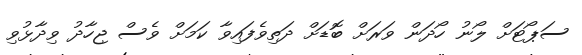
ސަޕޯޓަށް ލޯނު ހޯދަން ވަރަށް ބޮޑަށް ދަތިވެފައިވާ ކަމަށް ވެސް ޖިހާދު ވިދާޅުވި